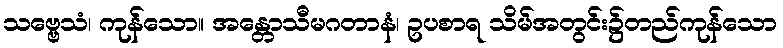
သဗ္ဗေသံ၊ ကုန်သော။ အန္တောသီမဂတာနံ၊ ဥပစာရ သိမ်အတွင်း၌တည်ကုန်သော